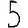
Digit: 5